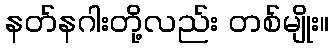
နတ်နဂါးတို့လည်း တစ်မျိုး။